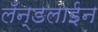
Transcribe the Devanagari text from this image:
लँन्डलाईन